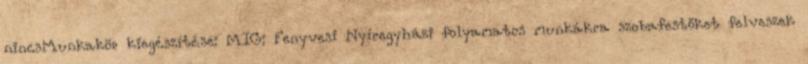
nincsMunkakör kiegészítése: MIG: Fenyvesi Nyíregyházi folyamatos munkákra szobafestőket felveszek